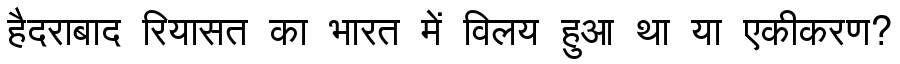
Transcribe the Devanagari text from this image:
हैदराबाद रियासत का भारत में विलय हुआ था या एकीकरण?